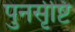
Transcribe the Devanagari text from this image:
पुनर्सृष्टि